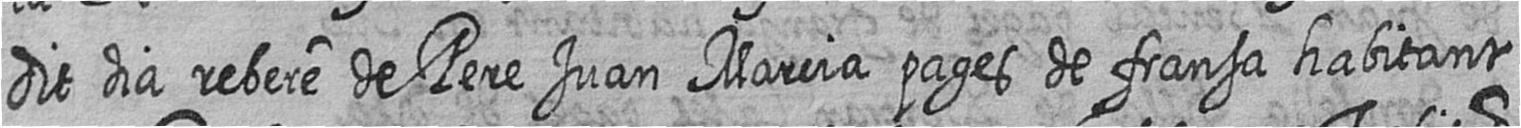
dit dia rebere de Pere Juan Marcia pages de fransa habitant